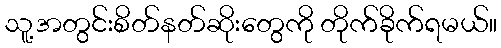
သူ့အတွင်းစိတ်နတ်ဆိုးတွေကို တိုက်ခိုက်ရမယ်။